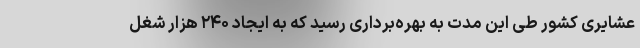
عشایری کشور طی این مدت به بهره‌برداری رسید که به ایجاد ۲۴۰ هزار شغل